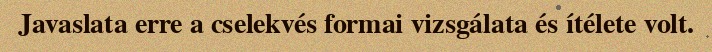
Javaslata erre a cselekvés formai vizsgálata és ítélete volt.